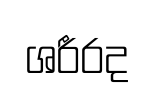
ශරීරද